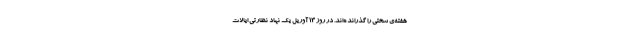
هفته‌ی سختی را گذرانده‌اند. در روز ۱۳ آوریل یک نهاد نظارتی ایالات